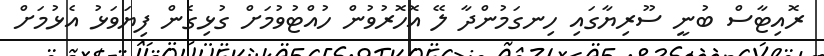
ރޮއިޓާސް ބުނީ ސޫރިޔާގައި ހިނގަމުންދާ ލޭ އޮހޮރުވުން ހުއްޓުވުމަށް ގުޅިގެން ފިޔަވަޅު އެޅުމަށް